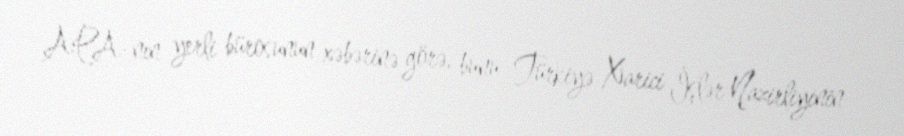
APA-nın yerli bürosunun xəbərinə görə, bunu Türkiyə Xarici İşlər Nazirliyinin